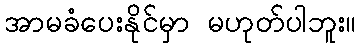
အာမခံပေးနိုင်မှာ မဟုတ်ပါဘူး။